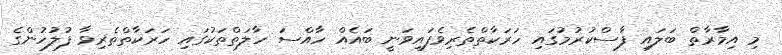
މި އިމާރާތް ބަލައި ފާސްކުރުމުގައި ހަރަކާތްތެރިވެފައިވަނީ ބައެއް ހާއްސަ ހާލަތްތަކުގައި ހަރަކާތްތެރިވާ ފުލުހުންގެ